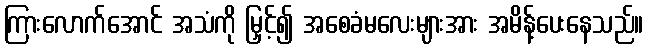
ကြားလောက်အောင် အသံကို မြှင့်၍ အစေခံမလေးများအား အမိန့်ပေးနေသည်။